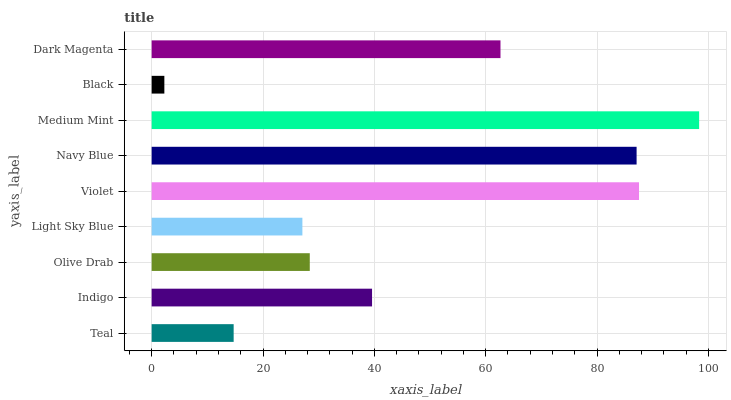
| yaxis_label | bars |
 | --- | --- |
 | Teal | 14.7 |
 | Indigo | 39.6 |
 | Olive Drab | 28.4 |
 | Light Sky Blue | 27.1 |
 | Violet | 87.5 |
 | Navy Blue | 87.1 |
 | Medium Mint | 98.3 |
 | Black | 2.28 |
 | Dark Magenta | 62.7 |